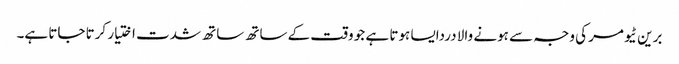
برین ٹیومر کی وجہ سے ہونے والا دردایسا ہوتا ہے جو وقت کے ساتھ ساتھ شدت اختیار کرتا جاتا ہے۔